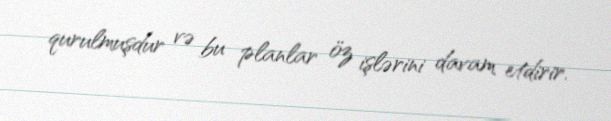
qurulmuşdur və bu planlar öz işlərini davam etdirir.